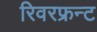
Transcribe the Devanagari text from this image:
रिवरफ्रन्ट